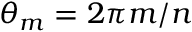
\theta _ { m } = 2 \pi m / n